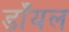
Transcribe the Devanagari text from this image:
डाँयल